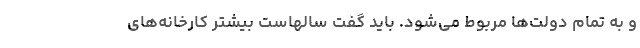
و به تمام دولت‌ها مربوط می‌شود. باید گفت سالهاست بیشتر کارخانه‌های